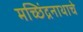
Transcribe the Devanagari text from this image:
मच्छिंद्रनाथाचे